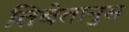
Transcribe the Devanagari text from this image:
तिबेतानुस